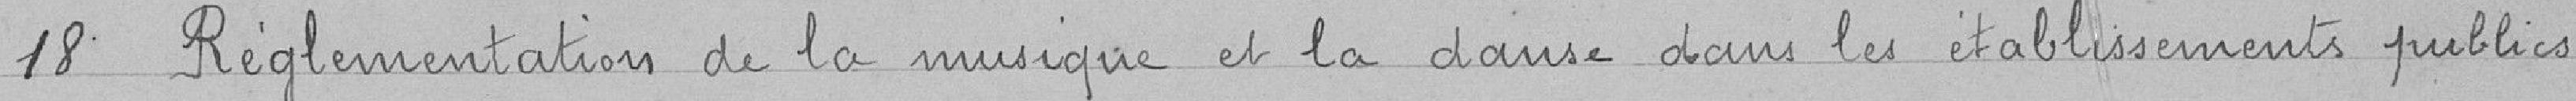
18 Réglementation de la musique et de la danse dans les établissements publics.